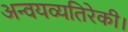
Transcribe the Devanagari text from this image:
अन्वयव्यतिरेकी।